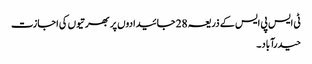
ٹی ایس پی ایس کے ذریعہ 28 جائیدادوں پر بھرتیوں کی اجازت
حیدرآباد۔